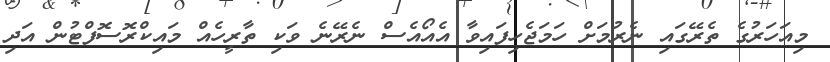
މިއަހަރުގެ ތެރޭގައި ނެރުމަށް ހަމަޖެހިފައިވާ އެއޯއެސް ނެރޭނެ ވަކި ތާރީހެއް މައިކްރޮސޮފްޓުން އަދި